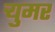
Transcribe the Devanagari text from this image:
र्‍युमर